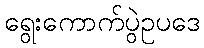
ရွေးကောက်ပွဲဥပဒေ